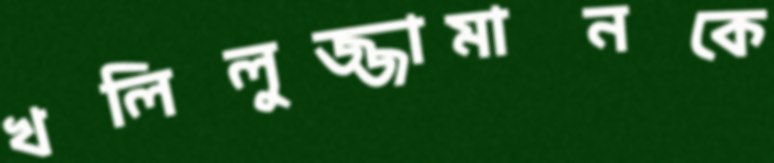
খলিলুজ্জামানকে